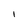
Character: I